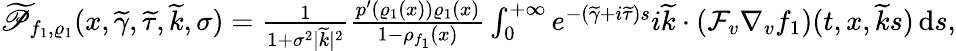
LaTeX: \begin{array}{r}{\widetilde{\mathscr{P}}_{f_{1},\varrho_{1}}(x,\widetilde{\gamma},\widetilde{\tau},\widetilde{k},\sigma)=\frac{1}{1+\sigma^{2}\vert\widetilde{k}\vert^{2}}\frac{p^{\prime}(\varrho_{1}(x))\varrho_{1}(x)}{1-\rho_{f_{1}}(x)}\int_{0}^{+\infty}e^{-(\widetilde{\gamma}+i\widetilde{\tau})s}i\widetilde{k}\cdot\left(\mathcal{F}_{v}\nabla_{v}f_{1}\right)(t,x,\widetilde{k}s)\, \mathrm{d}s,}\end{array}